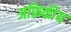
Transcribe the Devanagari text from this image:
अफ्रिकीय